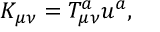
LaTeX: K _ { \mu \nu } = T _ { \mu \nu } ^ { a } u ^ { a } ,